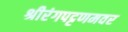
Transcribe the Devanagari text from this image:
श्रीरंगपट्टणमवर